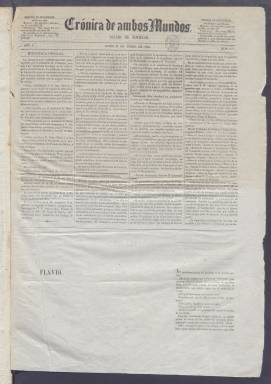
Título: Crónica de ambos mundos (Madrid. 1861)
Colección: Periódicos
Ámbito geográfico: Madrid
Lugar de publicación: Madrid
Fechas: 21/01/1861-01/08/1864